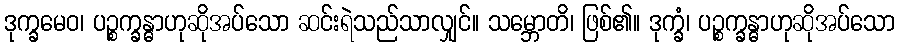
ဒုက္ခမေဝ၊ ပဉ္စက္ခန္ဓာဟုဆိုအပ်သော ဆင်းရဲသည်သာလျှင်။ သမ္ဘောတိ၊ ဖြစ်၏။ ဒုက္ခံ၊ ပဉ္စက္ခန္ဓာဟုဆိုအပ်သော